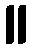
။